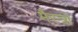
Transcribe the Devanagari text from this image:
मैस्त्रो